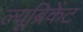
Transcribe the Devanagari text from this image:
ल्यूब्रिकेंट